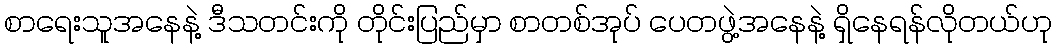
စာရေးသူအနေနဲ့ ဒီသတင်းကို တိုင်းပြည်မှာ စာတစ်အုပ် ပေတဖွဲ့အနေနဲ့ ရှိနေရန်လိုတယ်ဟု